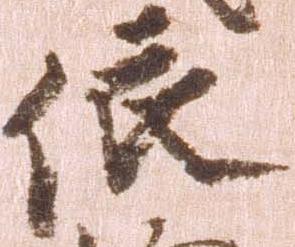
依